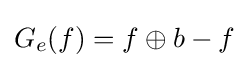
G_{e}(f)=f\oplus b-f